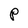
Character: P